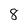
Character: 8